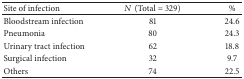
<table><thead><tr><td><b>Site of infection</b></td><td><b><i>N</i> (Total = 329)</b></td><td><b>%</b></td></tr></thead><tbody><tr><td>Bloodstream infection</td><td>81</td><td>24.6</td></tr><tr><td>Pneumonia</td><td>80</td><td>24.3</td></tr><tr><td>Urinary tract infection</td><td>62</td><td>18.8</td></tr><tr><td>Surgical infection</td><td>32</td><td>9.7</td></tr><tr><td>Others</td><td>74</td><td>22.5</td></tr></tbody></table>